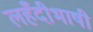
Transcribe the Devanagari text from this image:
लहँदीभाषी